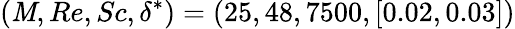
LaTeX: (\mathit{M},Re,Sc,\delta^{*})=(25,48,7500,[0.02,0.03])